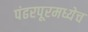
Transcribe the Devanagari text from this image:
पंढरपूरमध्येच